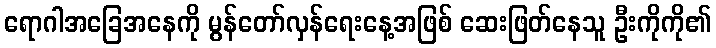
ရောဂါအခြေအနေကို မွန်တော်လှန်ရေးနေ့အဖြစ် ဆေးဖြတ်နေသူ ဦးကိုကို၏